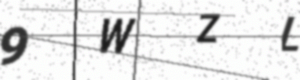
Text: 9WZL